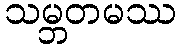
သမ္ဘတမဿ